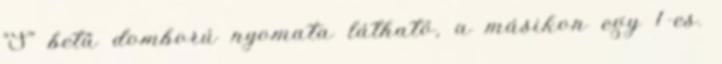
"S" betű domború nyomata látható, a másikon egy 1-es.